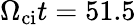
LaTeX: \Omega_{\mathrm{ci}}t=51.5